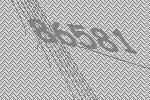
86581